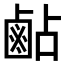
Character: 𪉜